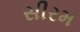
સીરમ